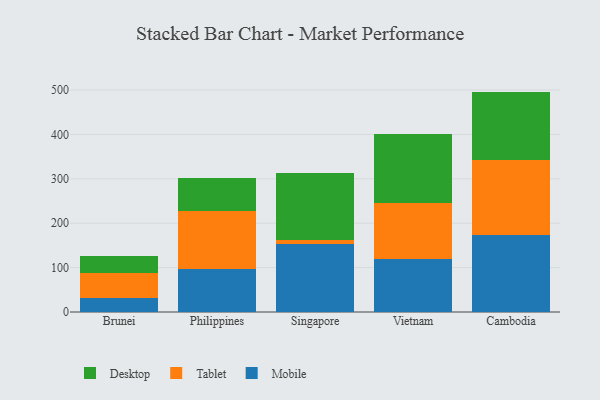
{"axis": {"x": "Country", "y": "Tickets Resolved"}, "legend": ["Desktop", "Mobile", "Tablet"], "data": [{"x": "Brunei", "y": 30.9, "type": "Mobile"}, {"x": "Brunei", "y": 57.6, "type": "Tablet"}, {"x": "Brunei", "y": 38.1, "type": "Desktop"}, {"x": "Philippines", "y": 97.5, "type": "Mobile"}, {"x": "Philippines", "y": 129.1, "type": "Tablet"}, {"x": "Philippines", "y": 75.6, "type": "Desktop"}, {"x": "Singapore", "y": 153.4, "type": "Mobile"}, {"x": "Singapore", "y": 8.6, "type": "Tablet"}, {"x": "Singapore", "y": 152.2, "type": "Desktop"}, {"x": "Vietnam", "y": 119.4, "type": "Mobile"}, {"x": "Vietnam", "y": 125.6, "type": "Tablet"}, {"x": "Vietnam", "y": 156.2, "type": "Desktop"}, {"x": "Cambodia", "y": 173.2, "type": "Mobile"}, {"x": "Cambodia", "y": 169.9, "type": "Tablet"}, {"x": "Cambodia", "y": 153.4, "type": "Desktop"}]}